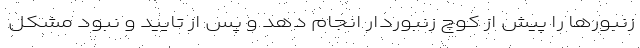
زنبورها را پیش از کوچ زنبوردار انجام دهد و پس از تایید و نبود مشکل